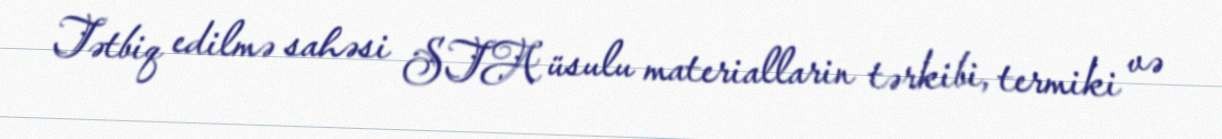
Tətbiq edilmə sahəsi STA üsulu materiallarin tərkibi, termiki və